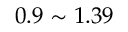
0 . 9 \sim 1 . 3 9